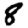
Digit: 8